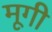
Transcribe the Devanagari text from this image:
मूगी